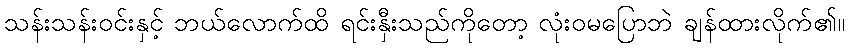
သန်းသန်းဝင်းနှင့် ဘယ်လောက်ထိ ရင်းနှီးသည်ကိုတော့ လုံးဝမပြောဘဲ ချန်ထားလိုက်၏။